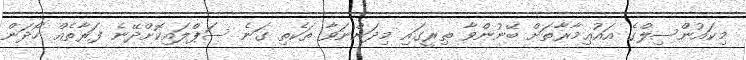
މިކައުންސިލްގެ އައުޢިމާރާތަށް ބޭނުންވާ ތިރީގައި މިދަންނަވާ ތަކެތި ގަނެ ސަޕްލައިކޮށްދޭނެ ފަރާތެއް ހޯދަން